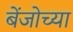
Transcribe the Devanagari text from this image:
बेंजोच्या